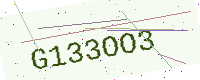
Text: G133OO3